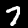
Digit: 7